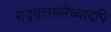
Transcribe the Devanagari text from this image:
सद्‌वृत्तममेध्यादपि